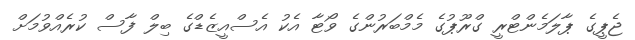
ޖެޕީގެ ޕާލަމެންޓްރީ ގްރޫޕުގެ މެމްބަރުންގެ ވޯޓާ އެކު އެސްއީޒެޑްގެ ބިލް ފާސް ކުރެއްވުމަށް